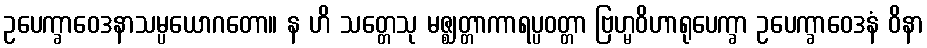
ဥပေက္ခာဝေဒနာသမ္ပယောဂတော။ န ဟိ သတ္တေသု မဇ္ဈတ္တာကာရပ္ပဝတ္တာ ဗြဟ္မဝိဟာရုပေက္ခာ ဥပေက္ခာဝေဒနံ ဝိနာ